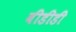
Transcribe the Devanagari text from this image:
बीडीडी